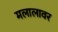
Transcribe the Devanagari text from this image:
मलालावर